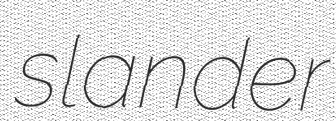
slander